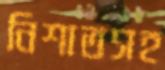
নিশাতসহ